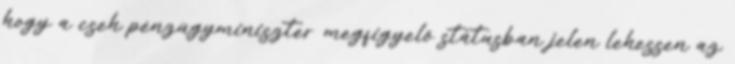
hogy a cseh pénzügyminiszter megfigyelő státusban jelen lehessen az